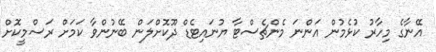
އޭނާގެ މިހާރު ކުޅެމުން އަންނަ މެންޗެސްޓާ ޔުނައިޓެޑް ދޫކޮށްލަން ބޭނުންވާ ކަމަށް ރަސްމީކޮށް